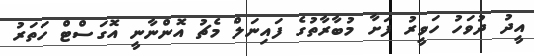
އީދު ދުވަހު ހަވީރު ފަށާ މުބާރާތުގެ ފައިނަލް މެޗު އޮންނާނީ އޮގަސްޓް ހަތަރު